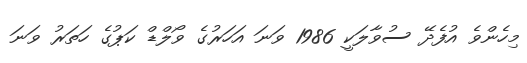
މިހެންވެ އުފެދޭ ސުވާލަކީ 1986 ވަނަ އަހަރުގެ ވޯލްޑް ކަޕުގެ ހަތަރު ވަނަ